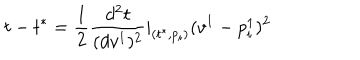
t - t ^ { * } = \frac 1 2 \frac { d ^ { 2 } t } { ( d v ^ { 1 } ) ^ { 2 } } | _ { ( t ^ { * } , p _ { i } ) } ( v ^ { 1 } - p _ { i } ^ { 1 } ) ^ { 2 }